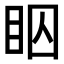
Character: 𬑋